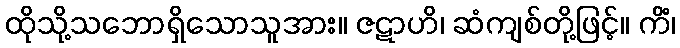
ထိုသို့သဘောရှိသောသူအား။ ဇဋာဟိ၊ ဆံကျစ်တို့ဖြင့်။ ကိံ၊